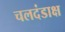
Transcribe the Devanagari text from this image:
चलदंडाक्ष